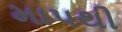
માપથી